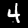
Label: 4